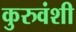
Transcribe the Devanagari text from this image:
कुरुवंशी